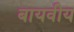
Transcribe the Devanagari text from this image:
बायवीय